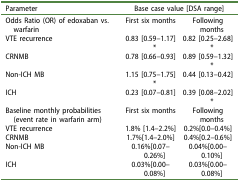
<table><thead><tr><td><b>Parameter</b></td><td colspan="2"><b>Base case value [DSA range]</b></td></tr></thead><tbody><tr><td>Odds Ratio (OR) of edoxaban vs. warfarin</td><td>First six months</td><td>Following months</td></tr><tr><td>VTE recurrence</td><td>0.83 [0.59–1.17]*</td><td>0.82 [0.25–2.68]*</td></tr><tr><td>CRNMB</td><td>0.78 [0.66–0.93]</td><td>0.89 [0.59–1.32]*</td></tr><tr><td>Non-ICH MB</td><td>1.15 [0.75–1.75]*</td><td>0.44 [0.13–0.42]</td></tr><tr><td>ICH</td><td>0.23 [0.07–0.81]</td><td>0.39 [0.08–2.02]*</td></tr><tr><td>Baseline monthly probabilities(event rate in warfarin arm)</td><td>First six months</td><td>Following months</td></tr><tr><td>VTE recurrence</td><td>1.8% [1.4–2.2%]</td><td>0.2%[0.0–0.4%]</td></tr><tr><td>CRNMB</td><td>1.7%[1.4–2.0%]</td><td>0.4%[0.2–0.6%]</td></tr><tr><td>Non-ICH MB</td><td>0.16%[0.07–0.26%]</td><td>0.04%[0.00–0.10%]</td></tr><tr><td>ICH</td><td>0.03%[0.00–0.08%]</td><td>0.03%[0.00–0.08%]</td></tr></tbody></table>